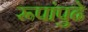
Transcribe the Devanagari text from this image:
रूपांपुढे